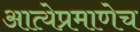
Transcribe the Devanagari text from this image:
आत्येप्रमाणेच